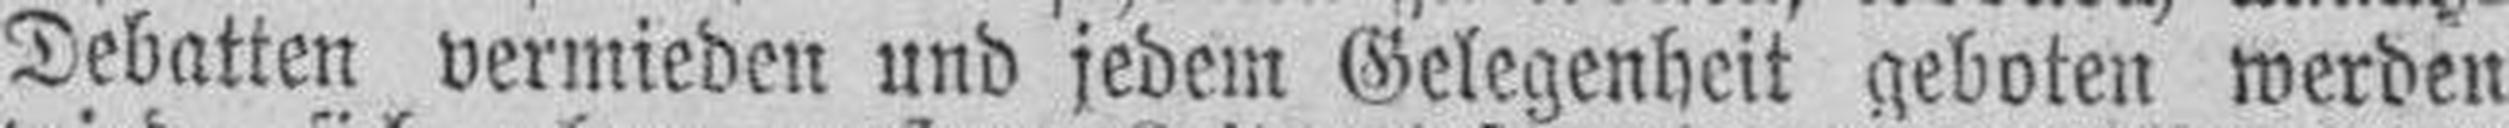
Debatten vermieden und jedem Gelegenheit geboten werden